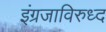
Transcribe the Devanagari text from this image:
इंग्रजाविरुध्द